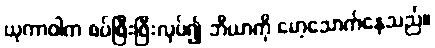
ယုကာဝါက စပ်ဖြီးဖြီးလုပ်၍ ဘီယာကို မော့သောက်နေသည်။